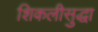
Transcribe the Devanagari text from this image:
शिकलीसुद्धा